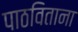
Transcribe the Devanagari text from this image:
पाठविताना